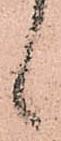
候